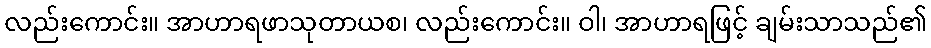
လည်းကောင်း။ အာဟာရဖာသုတာယစ၊ လည်းကောင်း။ ဝါ၊ အာဟာရဖြင့် ချမ်းသာသည်၏